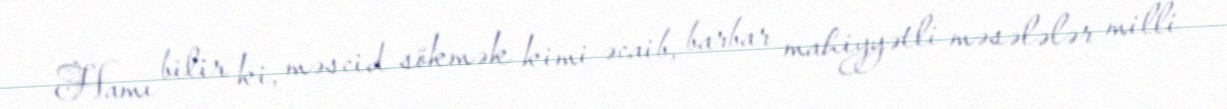
Hamı bilir ki, məscid sökmək kimi əcaib, barbar mahiyyətli məsələlər milli